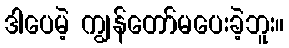
ဒါပေမဲ့ ကျွန်တော်မပေးခဲ့ဘူး။